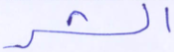
الشر